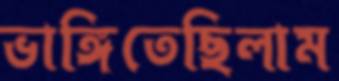
ভাঙ্গিতেছিলাম